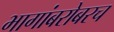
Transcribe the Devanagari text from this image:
भागांबरोबरच